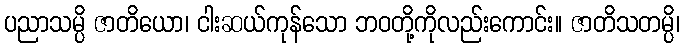
ပညာသမ္ပိ ဇာတိယော၊ ငါးဆယ်ကုန်သော ဘဝတို့ကိုလည်းကောင်း။ ဇာတိသတမ္ပိ၊